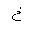
Letter: _kha